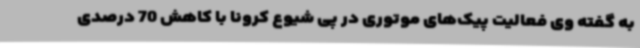
به گفته وی فعالیت پیک‌های موتوری در پی شیوع کرونا با کاهش 70 درصدی